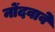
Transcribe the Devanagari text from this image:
नोंदवावे